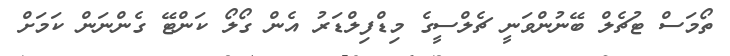
ތޯމަސް ޓުޗެލް ބޭނުންވަނީ ޗެލްސީގެ މިޑްފިލްޑަރު އެން ގޯލޯ ކަންޓޭ ގެންނަން ކަމަށް